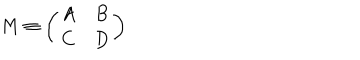
M \equiv \left( \begin{array} { c c } { { A } } & { { B } } \\ { { C } } & { { D } } \\ \end{array} \right)